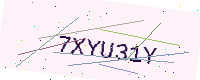
Text: 7XYU31Y